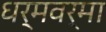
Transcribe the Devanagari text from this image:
धर्मवर्मा